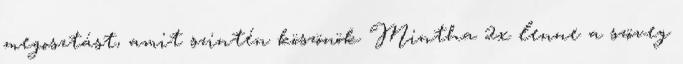
megosztást, amit szintén köszönök Mintha 2x lenne a szöveg